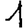
Digit: 1